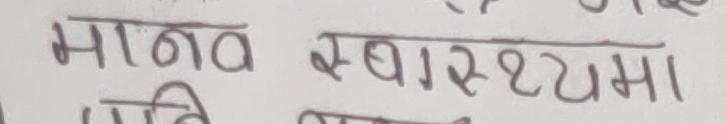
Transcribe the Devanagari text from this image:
मानव स्वास्थ्यमा